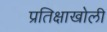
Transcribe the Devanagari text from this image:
प्रतिक्षाखोली